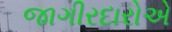
જાગીરદારોએ